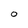
Character: 0